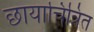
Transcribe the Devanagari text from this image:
छायाचित्रित